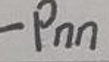
\(\neg p_{nn}\)